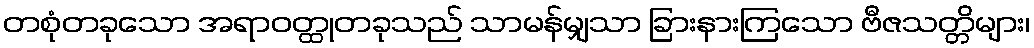
တစုံတခုသော အရာဝတ္ထုတခုသည် သာမန်မျှသာ ခြားနားကြသော ဗီဇသတ္တိများ၊